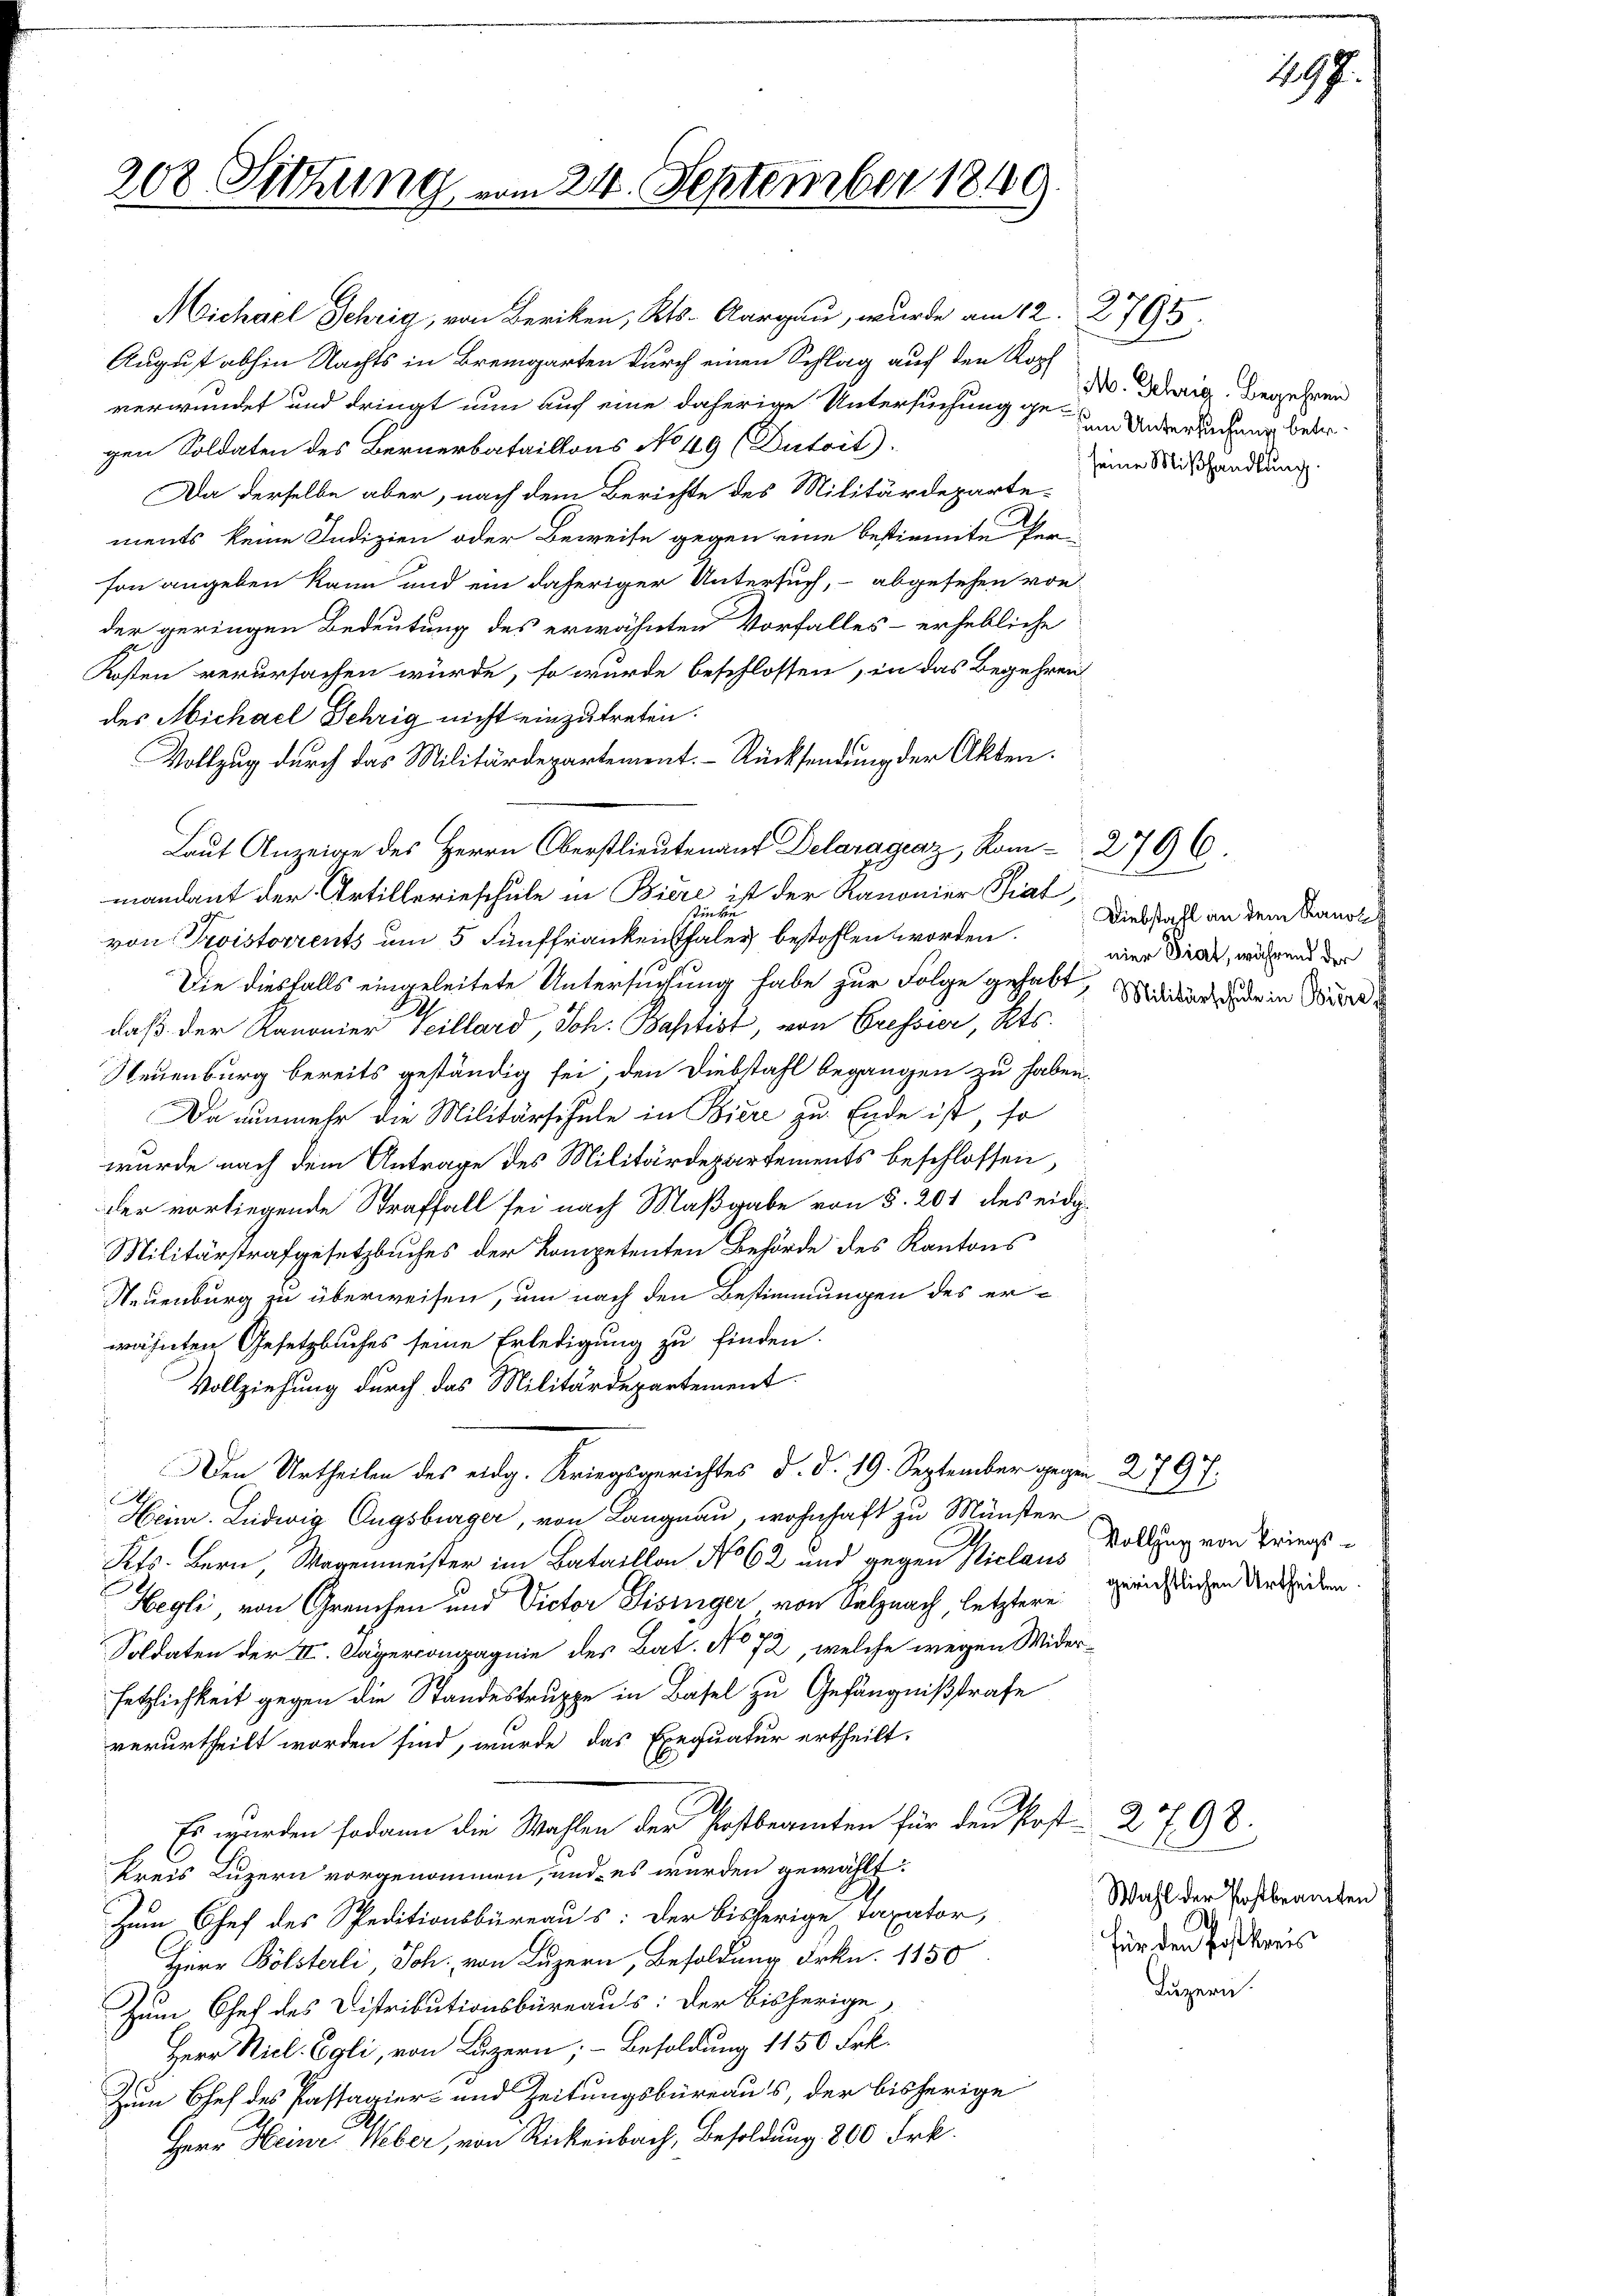
208 Sitzung vom 24. September 1849

Michael Sehrig, von Beriken, Kts. Aargau, wurde am 12. 2795.
August abhin Nachts in Bremgarten durch einen Schlag auf den Kopf
verwundet und dringt nun auch eine daherige Untersuchung gen Untersuchung betr.
gen Soldaten des Bernerbataillons No 49 (Dutrit).
Da derselbe aber, nach dem Berichte des Militärdeparte-
ments keine Indizien oder Beweise gegen eine bestimmte Per
fon angeben kann und ein daheriger Untersuch, - abgesehen von
der geringen Bedeutung des erwähnten Vorfalles - erhebliche
Kosten verursachen würde, so wurde beschlossen, in das Begehren
des Michael Sehrig nicht einzutreten.
Vollzug durch das Militärdepartement. Rücksendung der Akten.
Laut Anzeige des Herrn Oberstlieutenauf Delaragraz, Kom-2796.
mandant der Artillerieschule in Biere ist der Kanonier Piat,
it
von Troistorrents um 5 Fünffrankenthaler bestohlen worden.
Die diesfalls eingeleitete Untersuchung habe zur Folge gehabt, Militard der in der
daß der Kanonier Teillard, Joh. Baptist, von Gressier, Kts.
Neuenburg bereits geständig sei, den Diebstahl begangen zu haben.
Da nunmehr die Militärschule in Biere zu Ende ist, so
wurde nach dem Antrage des Militärdepartements beschlossen
der vorliegende Straffall sei nach Maßgabe von §. 201 des eidig¬
Militärstrafgesetzbuches der kompetenten Behörde des Kantons
Neuenburg zu überweisen, um nach den Bestimmungen des er-
wähnten Gesetzbuches seine Erledigung zu finden.
Vollziehung durch das Militärdepartement
Den Urtheilen des eidg. Kriegsgerichtes d. d. 19. September gegen. 2797
A
Heinr. Ludwig Eugsburger, von Langnau, wohnhaft zu Münster
Kts. Bern, Wagenmeister im Bataillon No 62 und gegen Niclaus
Hegli, von Greuchen und Victor Gisiger von Salznach, letztere
Soldaten der II. Dagercompagnie des Bat. No 72, welche wegen Widersetzlichkeit gegen die Standestruppe in Basel zu Gefängnißstrafe
verurtheilt worden sind, wurde das Exequatur ertheilt.
Es wurden sodann die Wahlen der Erstbeamten für den Post 2798.
Kreis Luzern vorgenommen, und es wurden gewählt.
Zum Chef des Speditionsbüreaus: Der bisherige Taxator,
Herr Bölsterli, Sch., von Luzern, Besoldung Frkn. 1150
Zum Chef des Distributionsbüreaus: Der bisherige
Herr Nicl. Egli, von Luzern; - Besoldung 1150 Frk.
Zum Chef des Passagier- und Zeitungsbüreaus, der bisherige
Herr Heinr. Weber, von Rickenbach, Besoldung 800 Frk.

M. Gehrig. Begehren
seine Mißhandlung.

Diebstahl an dem Ranol
nier Diat, während der

Vollzug von Kriegsgerichtlichen Urtheilen

Wahl der Postbeamten
für den Fast kreis
Luzern.

1197.